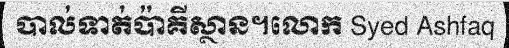
បាល់ទាត់ប៉ាគីស្ថាន។លោក Syed Ashfaq